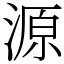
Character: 源